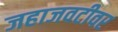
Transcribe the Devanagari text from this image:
जहाजवटीवर